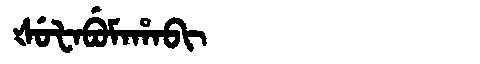
Manchu: ᡧᡠᡶᠠᠪᡠᠮᠠᡥᠠᠪᡳ
Romanization: ŠUFABUMAHABI